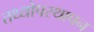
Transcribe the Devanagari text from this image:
तथ्योपस्थापन